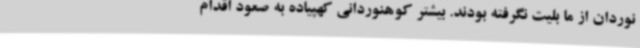
نوردان از ما بلیت نگرفته بودند. بیشتر کوهنوردانی کهپیاده به صعود اقدام